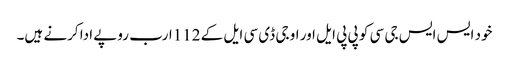
خود ایس ایس جی سی کو پی پی ایل اور او جی ڈی سی ایل کے 112ارب روپے ادا کرنے ہیں۔